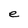
Character: e